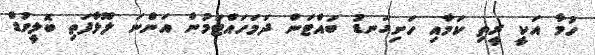
ހުމާ އަކީ ރީތި ކަމާއި ހަށިގަނޑު ބައްޓަން ދަމަހައްޓަމުން އަންނަ ލޫޅާފަތި ބޮލީވުޑް